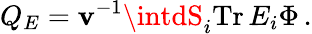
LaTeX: Q_{E}=\mathbf{v}^{-1}\intdS_{i}\mathrm{{Tr}}\, E_{i}\Phi\, .